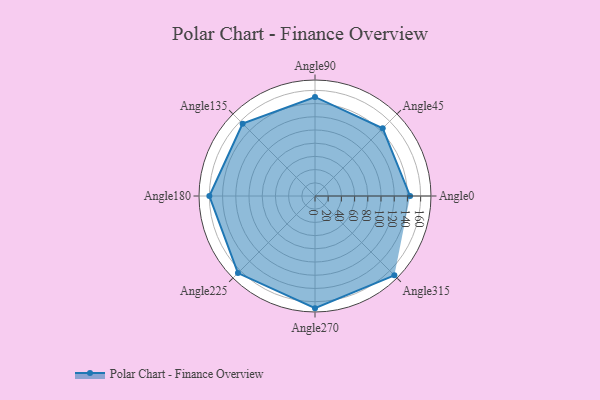
{"axis": {"x": "Angle", "y": "Radius"}, "legend": [""], "data": [{"x": "Angle0", "y": 144.0, "type": ""}, {"x": "Angle45", "y": 145.0, "type": ""}, {"x": "Angle90", "y": 150.0, "type": ""}, {"x": "Angle135", "y": 155.0, "type": ""}, {"x": "Angle180", "y": 160.0, "type": ""}, {"x": "Angle225", "y": 165.0, "type": ""}, {"x": "Angle270", "y": 170, "type": ""}, {"x": "Angle315", "y": 170, "type": ""}]}